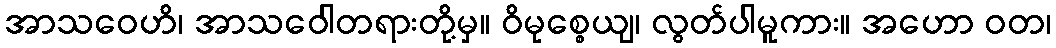
အာသဝေဟိ၊ အာသဝေါတရားတို့မှ။ ဝိမုစ္စေယျ၊ လွတ်ပါမူကား။ အဟော ဝတ၊